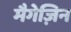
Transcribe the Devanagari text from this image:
मैगेज़िन